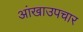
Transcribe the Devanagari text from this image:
आंखाउपचार